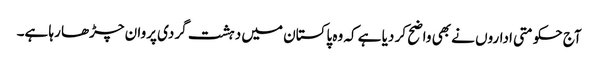
آج حکومتی اداروں نے بھی واضح کر دیا ہے کہ وہ پاکستان میں دہشت گردی پروان چڑھا رہا ہے۔